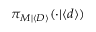
\pi _ { M | \langle \boldsymbol { D } \rangle } ( \cdot | \langle \boldsymbol { d } \rangle )